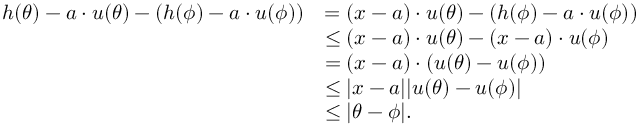
\begin{array} { r l } { h ( \theta ) - a \cdot u ( \theta ) - ( h ( \phi ) - a \cdot u ( \phi ) ) } & { = ( x - a ) \cdot u ( \theta ) - ( h ( \phi ) - a \cdot u ( \phi ) ) } \\ & { \le ( x - a ) \cdot u ( \theta ) - ( x - a ) \cdot u ( \phi ) } \\ & { = ( x - a ) \cdot ( u ( \theta ) - u ( \phi ) ) } \\ & { \le | x - a | | u ( \theta ) - u ( \phi ) | } \\ & { \le | \theta - \phi | . } \end{array}